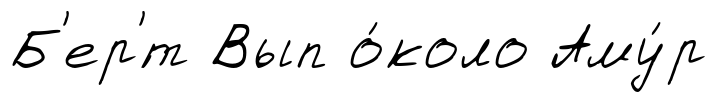
Б'ер'́т Вып о́коло Аму́р